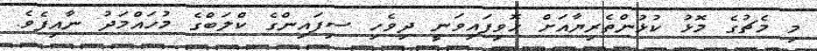
މި މެޗުގެ މޮޅު ކުޅުންތެރިޔާއަށް ހޮވިފައިވަނީ ދިވެހި ސިފައިންގެ ކްލަބްގެ މުހައްމަދު ނާއިފެވެ.